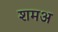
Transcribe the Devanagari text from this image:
शमअ